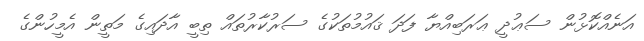
އަނެއްކޮޅުން ސަޢުދީ ޢަރަބިއްޔާ ފަދަ ޤައުމުތަކުގެ ސަރުކާރުތައް ތިބީ އާދައިގެ މަތީން އެމީހުންގެ